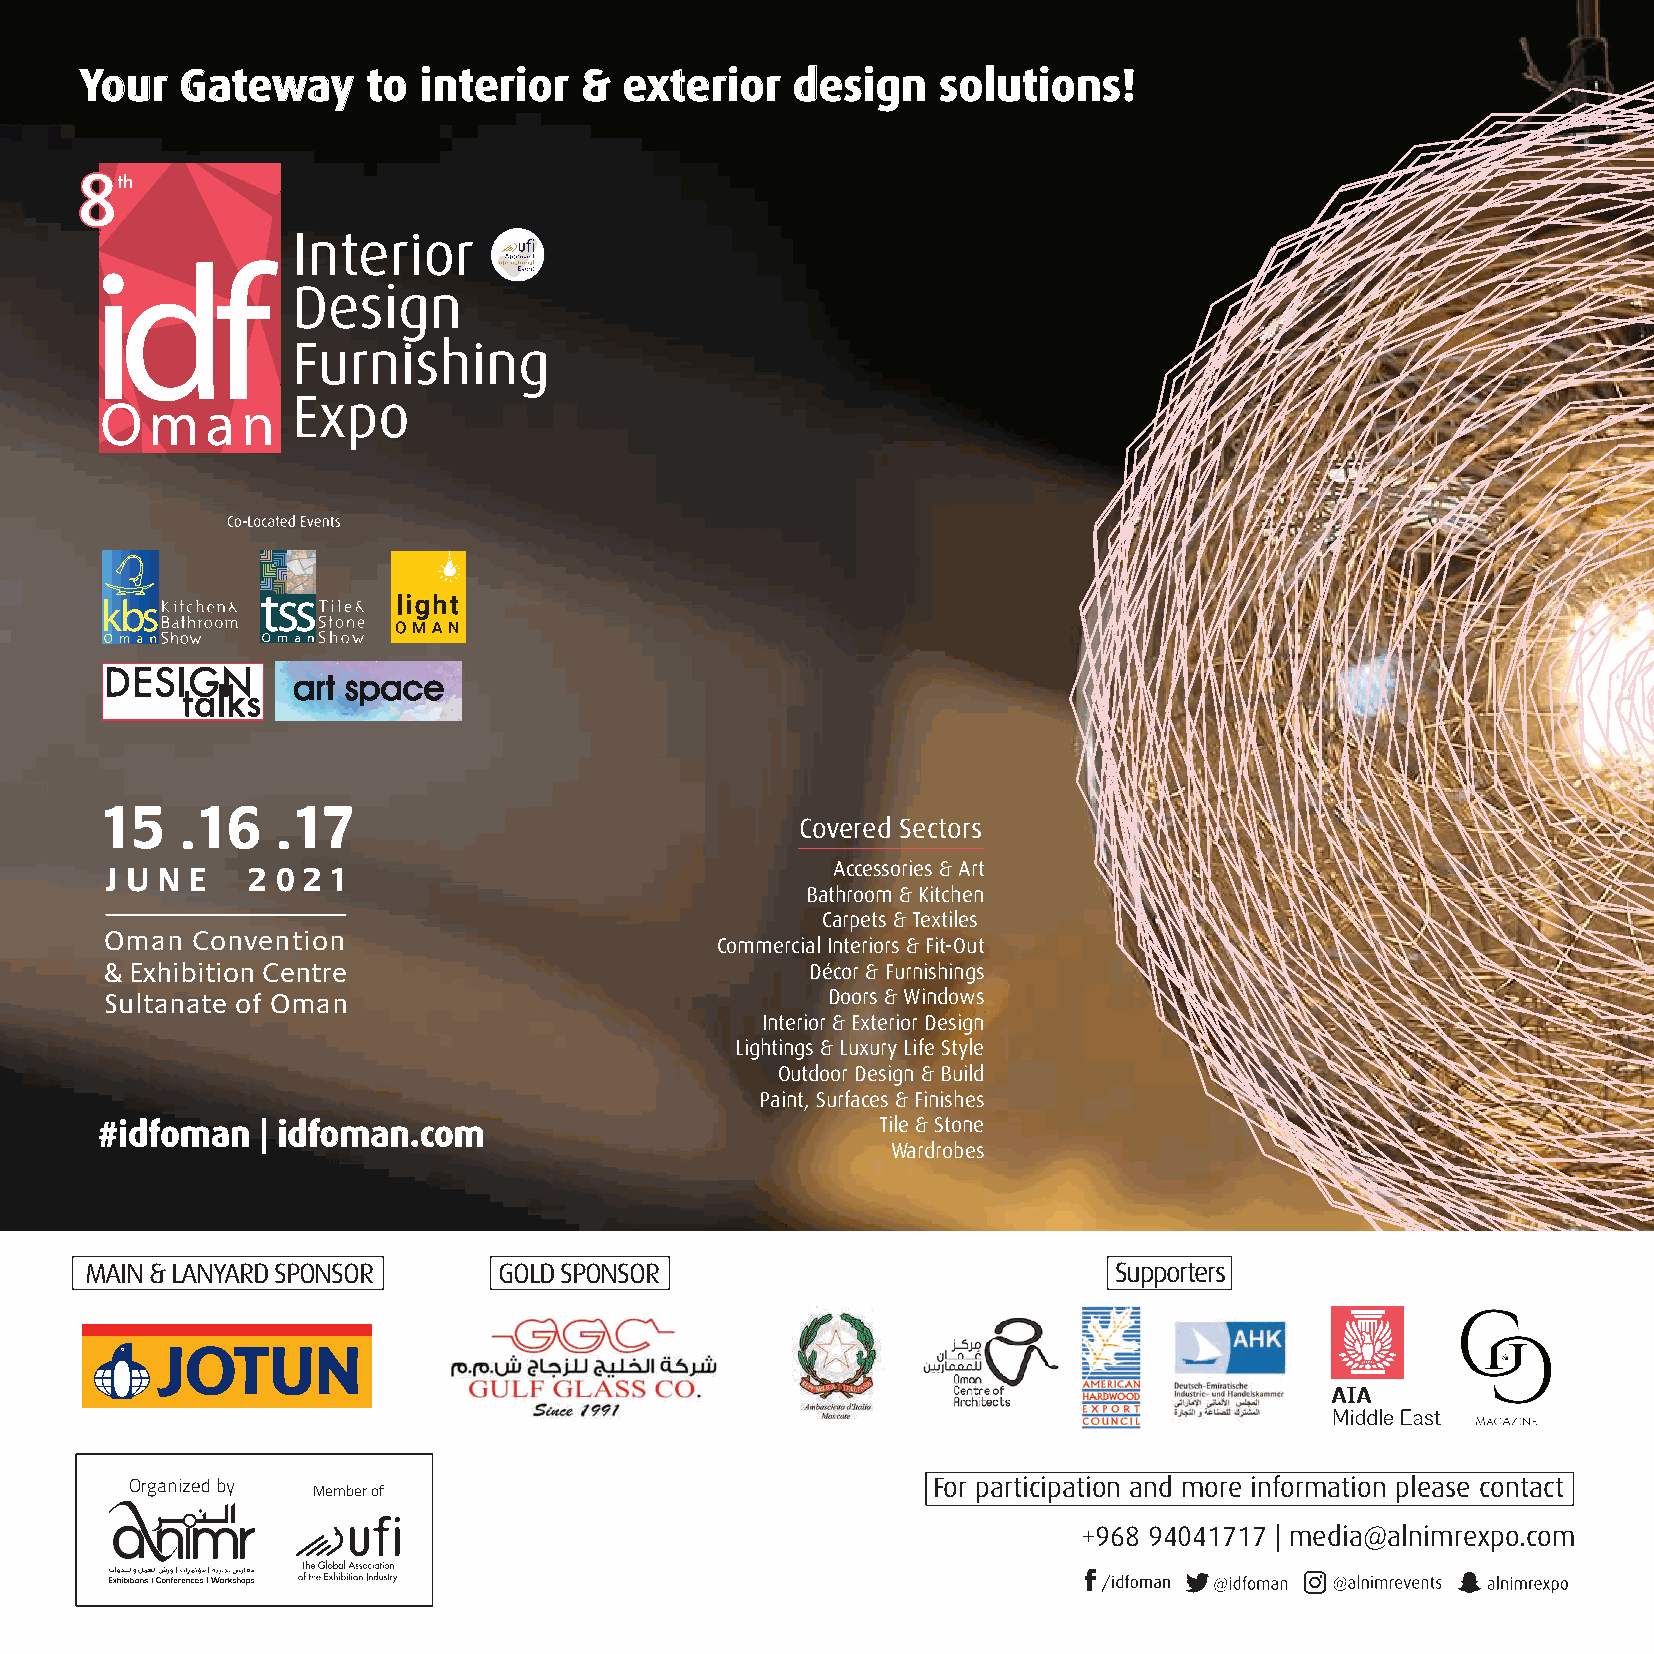
Your   Gateway     to  interior  &  exterior   design    solutions!
 8
 15   .16   .17
 Covered Sectors
 J U N E  2 0 2 1                                Accessories & Art
 Bathroom & Kitchen
 Carpets & Textiles
 Oman  Convention
 Commercial Interiors & Fit-Out
 & Exhibition Centre                            Décor & Furnishings
 Sultanate of Oman                               Doors & Windows
 Interior & Exterior Design
 Lightings & Luxury Life Style
 Outdoor Design & Build
 Paint, Surfaces & Finishes
 #idfoman   | idfoman.com                            Tile & Stone
 Wardrobes
 MAIN & LANYARD SPONSOR     GOLD SPONSOR                             Supporters
 Organized by                                         For participation and more information please contact
 Member of
 +968 94041717 | media@alnimrexpo.com